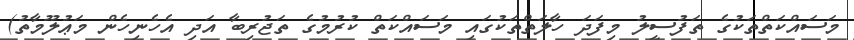
މަސައްކަތްތަކުގެ ތަފުސީލު މިފަދަ ހާލަތްތަކުގައި މަސައްކަތް ކުރުމުގެ ތަޖުރިބާ އަދި އެހެނިހެން މަޢުލޫމާތު)